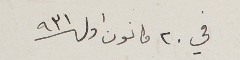
في ٢٠ كانون اول سنة ٩٣١